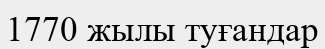
1770 жылы туғандар